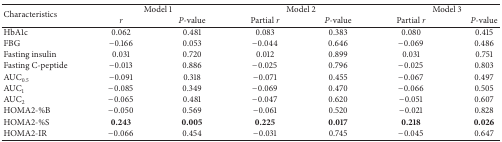
<table><thead><tr><td rowspan="2"><b>Characteristics</b></td><td colspan="2"><b>Model 1</b></td><td colspan="2"><b>Model 2</b></td><td colspan="2"><b>Model 3</b></td></tr><tr><td><b><i>r </i></b></td><td><b><i>P</i>-value</b></td><td><b>Partial <i>r </i></b></td><td><b><i>P</i>-value</b></td><td><b>Partial <i>r </i></b></td><td><b><i>P</i>-value</b></td></tr></thead><tbody><tr><td>HbA1c </td><td>0.062</td><td>0.481</td><td>0.083</td><td>0.383</td><td>0.080</td><td>0.415</td></tr><tr><td>FBG</td><td>−0.166</td><td>0.053</td><td>−0.044</td><td>0.646</td><td>−0.069</td><td>0.486</td></tr><tr><td>Fasting insulin</td><td>0.031</td><td>0.720</td><td>0.012</td><td>0.899</td><td>0.031</td><td>0.751</td></tr><tr><td>Fasting C-peptide</td><td>−0.013</td><td>0.886</td><td>−0.025</td><td>0.796</td><td>−0.025</td><td>0.803</td></tr><tr><td>AUC<sub>0.5</sub></td><td>−0.091</td><td>0.318</td><td>−0.071</td><td>0.455</td><td>−0.067</td><td>0.497</td></tr><tr><td>AUC<sub>1</sub></td><td>−0.085</td><td>0.349</td><td>−0.069</td><td>0.470</td><td>−0.066</td><td>0.505</td></tr><tr><td>AUC<sub>2</sub></td><td>−0.065</td><td>0.481</td><td>−0.047</td><td>0.620</td><td>−0.051</td><td>0.607</td></tr><tr><td>HOMA2-%B</td><td>−0.050</td><td>0.569</td><td>−0.061</td><td>0.520</td><td>−0.021</td><td>0.828</td></tr><tr><td>HOMA2-%S</td><td><b>0.243</b></td><td><b>0.005</b></td><td><b>0.225</b></td><td><b>0.017</b></td><td><b>0.218</b></td><td><b>0.026</b></td></tr><tr><td>HOMA2-IR</td><td>−0.066</td><td>0.454</td><td>−0.031</td><td>0.745</td><td>−0.045</td><td>0.647</td></tr></tbody></table>